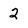
Character: 2